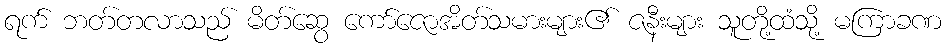
ရက် ဘတ်တလာသည် မိတ်ဆွေ ကော်ဇောအိတ်သမားများ၏ ဇနီးများ သူတို့ထံသို့ မကြာခဏ